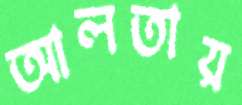
আলতায়